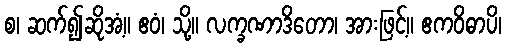
စ၊ ဆက်၍ဆိုအံ့။ ဧဝံ၊ သို့။ လက္ခဏာဒိတော၊ အားဖြင့်။ ဧကဝိဓာပိ၊